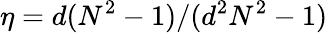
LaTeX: \eta={d(N^{2}-1)}/{(d^{2}N^{2}-1)}